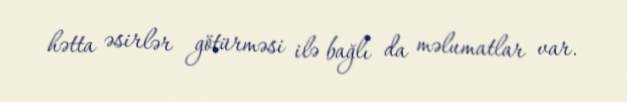
hətta əsirlər götürməsi ilə bağlı da məlumatlar var.